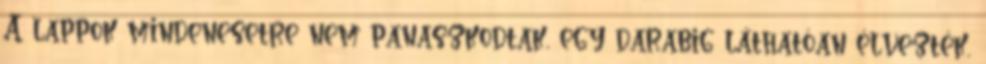
A lappok mindenesetre nem panaszkodtak, egy darabig láthatóan élvezték,